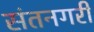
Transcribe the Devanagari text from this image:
संतनगरी